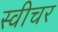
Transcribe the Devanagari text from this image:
स्वीचर